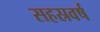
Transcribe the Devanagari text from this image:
सहस्रवर्ष